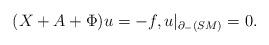
LaTeX: \begin{align*}(X + A + \Phi) u = -f , u|_{\partial_-(SM)} = 0.\end{align*}